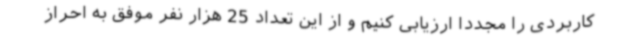
کاربردی را مجددا ارزیابی کنیم و از این تعداد 25 هزار نفر موفق به احراز